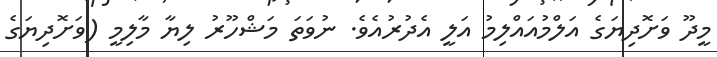
މީދޫ ވަށޮދިޔަގެ އަލްމުއައްލިމު އަލީ އެދުރުއެވެ. ނުވަތަ މަޝްހޫރު ލިޔާ މާލިމީ (ވަށޮދިޔަގެ